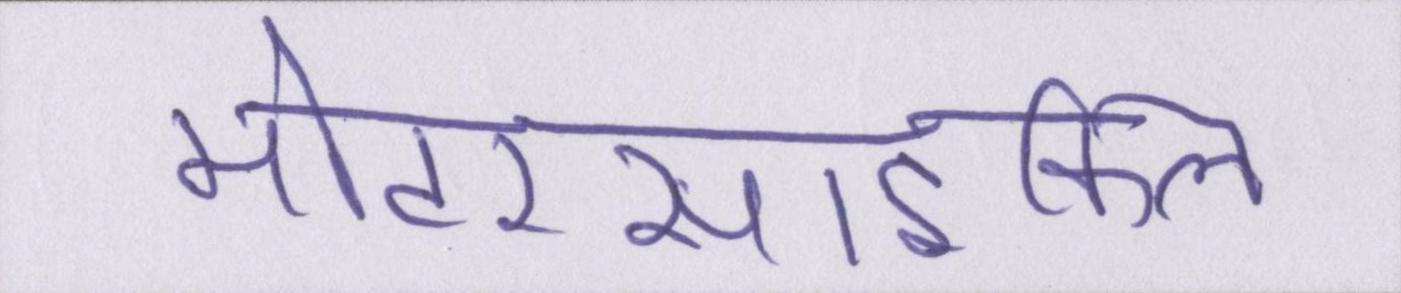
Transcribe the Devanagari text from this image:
मोटरसाइकिल